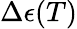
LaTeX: \Delta\epsilon(T)